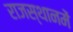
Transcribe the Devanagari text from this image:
राजस्थानमें